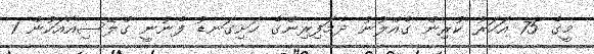
މީގެ 75 އަހަރު ކުރިން ގެއްލުނު ދެމަފިރިންގެ ހަށިގަނޑު ފެނުނީ ގްލޭސިއާއަކުން 1